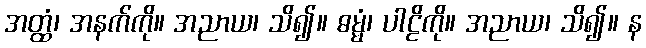
အတ္ထံ၊ အနက်ကို။ အညာယ၊ သိ၍။ ဓမ္မံ၊ ပါဠိကို။ အညာယ၊ သိ၍။ န